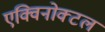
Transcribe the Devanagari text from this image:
एक्विनोक्टल